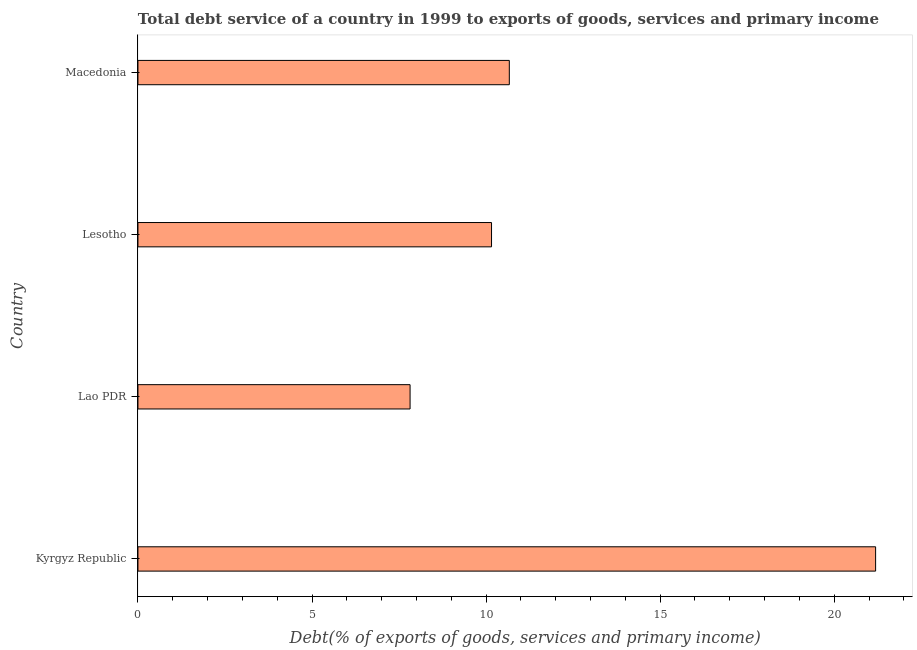
| Country | Total debt service |
 | --- | --- |
 | Kyrgyz Republic | 21.2 |
 | Lao PDR | 7.82 |
 | Lesotho | 10.2 |
 | Macedonia | 10.7 |